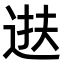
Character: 𫐧